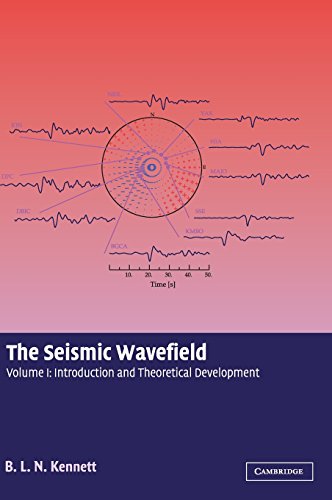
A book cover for The Seismic Wavefield: Volume 1, Introduction and Theoretical Development; B. L. N. Kennett; Science & Math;